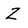
Character: z